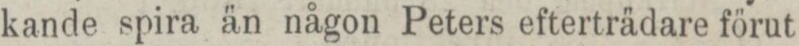
kande spira än någon Peters efterträdare förut